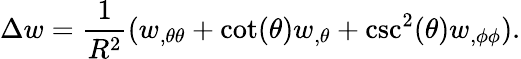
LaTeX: \Delta w=\frac 1{R^{2}}(w_{,\theta\theta}+\cot(\theta)w_{,\theta}+\csc^{2}(\theta)w_{,\phi\phi}).